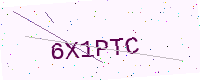
Text: 6X1PTC